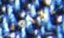
يجدونا